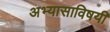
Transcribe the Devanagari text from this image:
अभ्यासाविषयी